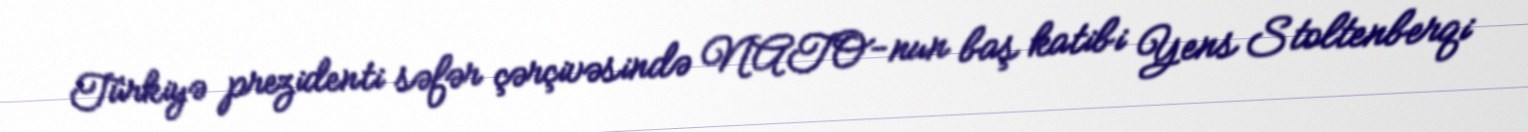
Türkiyə prezidenti səfər çərçivəsində NATO-nun baş katibi Yens Stoltenberqi